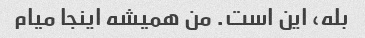
بله، این است. من همیشه اینجا میام